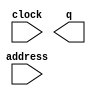
// megafunction wizard: %ROM: 1-PORT%VBB%
// GENERATION: STANDARD
// VERSION: WM1.0
// MODULE: altsyncram 

// ============================================================
// Megafunction Name(s):
// 			altsyncram
//
// Simulation Library Files(s):
// 			altera_mf
// ============================================================
// ************************************************************
// THIS IS A WIZARD-GENERATED FILE. DO NOT EDIT THIS FILE!
//
// 14.0.2 Build 209 09/17/2014 SJ Full Version
// ************************************************************

//Copyright (C) 1991-2014 Altera Corporation. All rights reserved.
//Your use of Altera Corporation's design tools, logic functions 
//and other software and tools, and its AMPP partner logic 
//functions, and any output files from any of the foregoing 
//(including device programming or simulation files), and any 
//associated documentation or information are expressly subject 
//to the terms and conditions of the Altera Program License 
//Subscription Agreement, the Altera Quartus II License Agreement,
//the Altera MegaCore Function License Agreement, or other 
//applicable license agreement, including, without limitation, 
//that your use is for the sole purpose of programming logic 
//devices manufactured by Altera and sold by Altera or its 
//authorized distributors.  Please refer to the applicable 
//agreement for further details.

module SPI_ROM (
	address,
	clock,
	q);

	input	[6:0]  address;
	input	  clock;
	output	[15:0]  q;
`ifndef ALTERA_RESERVED_QIS
// synopsys translate_off
`endif
	tri1	  clock;
`ifndef ALTERA_RESERVED_QIS
// synopsys translate_on
`endif

endmodule

// ============================================================
// CNX file retrieval info
// ============================================================
// Retrieval info: PRIVATE: ADDRESSSTALL_A NUMERIC "0"
// Retrieval info: PRIVATE: AclrAddr NUMERIC "0"
// Retrieval info: PRIVATE: AclrByte NUMERIC "0"
// Retrieval info: PRIVATE: AclrOutput NUMERIC "0"
// Retrieval info: PRIVATE: BYTE_ENABLE NUMERIC "0"
// Retrieval info: PRIVATE: BYTE_SIZE NUMERIC "8"
// Retrieval info: PRIVATE: BlankMemory NUMERIC "0"
// Retrieval info: PRIVATE: CLOCK_ENABLE_INPUT_A NUMERIC "0"
// Retrieval info: PRIVATE: CLOCK_ENABLE_OUTPUT_A NUMERIC "0"
// Retrieval info: PRIVATE: Clken NUMERIC "0"
// Retrieval info: PRIVATE: IMPLEMENT_IN_LES NUMERIC "0"
// Retrieval info: PRIVATE: INIT_FILE_LAYOUT STRING "PORT_A"
// Retrieval info: PRIVATE: INIT_TO_SIM_X NUMERIC "0"
// Retrieval info: PRIVATE: INTENDED_DEVICE_FAMILY STRING "MAX 10 FPGA"
// Retrieval info: PRIVATE: JTAG_ENABLED NUMERIC "0"
// Retrieval info: PRIVATE: JTAG_ID STRING "NONE"
// Retrieval info: PRIVATE: MAXIMUM_DEPTH NUMERIC "0"
// Retrieval info: PRIVATE: MIFfilename STRING "adc_true_dac_ok.mif"
// Retrieval info: PRIVATE: NUMWORDS_A NUMERIC "128"
// Retrieval info: PRIVATE: RAM_BLOCK_TYPE NUMERIC "0"
// Retrieval info: PRIVATE: RegAddr NUMERIC "1"
// Retrieval info: PRIVATE: RegOutput NUMERIC "0"
// Retrieval info: PRIVATE: SYNTH_WRAPPER_GEN_POSTFIX STRING "0"
// Retrieval info: PRIVATE: SingleClock NUMERIC "1"
// Retrieval info: PRIVATE: UseDQRAM NUMERIC "0"
// Retrieval info: PRIVATE: WidthAddr NUMERIC "7"
// Retrieval info: PRIVATE: WidthData NUMERIC "16"
// Retrieval info: PRIVATE: rden NUMERIC "0"
// Retrieval info: LIBRARY: altera_mf altera_mf.altera_mf_components.all
// Retrieval info: CONSTANT: ADDRESS_ACLR_A STRING "NONE"
// Retrieval info: CONSTANT: CLOCK_ENABLE_INPUT_A STRING "BYPASS"
// Retrieval info: CONSTANT: CLOCK_ENABLE_OUTPUT_A STRING "BYPASS"
// Retrieval info: CONSTANT: INIT_FILE STRING "adc_true_dac_ok.mif"
// Retrieval info: CONSTANT: INTENDED_DEVICE_FAMILY STRING "MAX 10 FPGA"
// Retrieval info: CONSTANT: LPM_HINT STRING "ENABLE_RUNTIME_MOD=NO"
// Retrieval info: CONSTANT: LPM_TYPE STRING "altsyncram"
// Retrieval info: CONSTANT: NUMWORDS_A NUMERIC "128"
// Retrieval info: CONSTANT: OPERATION_MODE STRING "ROM"
// Retrieval info: CONSTANT: OUTDATA_ACLR_A STRING "NONE"
// Retrieval info: CONSTANT: OUTDATA_REG_A STRING "UNREGISTERED"
// Retrieval info: CONSTANT: WIDTHAD_A NUMERIC "7"
// Retrieval info: CONSTANT: WIDTH_A NUMERIC "16"
// Retrieval info: CONSTANT: WIDTH_BYTEENA_A NUMERIC "1"
// Retrieval info: USED_PORT: address 0 0 7 0 INPUT NODEFVAL "address[6..0]"
// Retrieval info: USED_PORT: clock 0 0 0 0 INPUT VCC "clock"
// Retrieval info: USED_PORT: q 0 0 16 0 OUTPUT NODEFVAL "q[15..0]"
// Retrieval info: CONNECT: @address_a 0 0 7 0 address 0 0 7 0
// Retrieval info: CONNECT: @clock0 0 0 0 0 clock 0 0 0 0
// Retrieval info: CONNECT: q 0 0 16 0 @q_a 0 0 16 0
// Retrieval info: GEN_FILE: TYPE_NORMAL SPI_ROM.v TRUE
// Retrieval info: GEN_FILE: TYPE_NORMAL SPI_ROM.inc FALSE
// Retrieval info: GEN_FILE: TYPE_NORMAL SPI_ROM.cmp FALSE
// Retrieval info: GEN_FILE: TYPE_NORMAL SPI_ROM.bsf FALSE
// Retrieval info: GEN_FILE: TYPE_NORMAL SPI_ROM_inst.v FALSE
// Retrieval info: GEN_FILE: TYPE_NORMAL SPI_ROM_bb.v TRUE
// Retrieval info: LIB_FILE: altera_mf